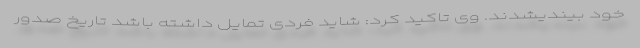
خود بیندیشدند. وی تاکید کرد: شاید فردی تمایل داشته باشد تاریخ صدور